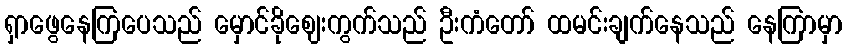
ရှာဖွေနေကြပေသည် မှောင်ခိုဈေးကွက်သည် ဦးကံတော် ထမင်းချက်နေသည် နေကြာမှာ